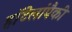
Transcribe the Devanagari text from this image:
हॉटेलांपैकी